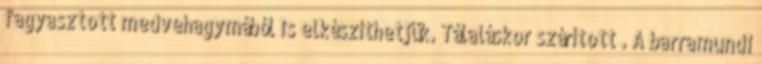
fagyasztott medvehagymából is elkészíthetjük. Tálaláskor szárított . A barramundi